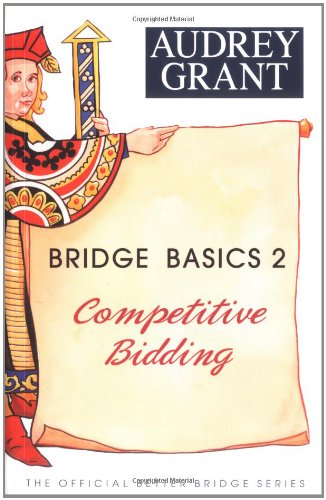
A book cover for Bridge Basics 2:  Competitive Bidding; Audrey Grant; Humor & Entertainment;